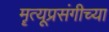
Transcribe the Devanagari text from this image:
मॄत्यूप्रसंगीच्या